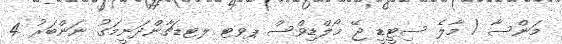
މަންސާ / މާލެ ސިޓީޑީ ޖޭ މޯލްޑިވްސް ޕވޓ ލޓޑޗާންދަނީމަގު ނަންބަރު 4